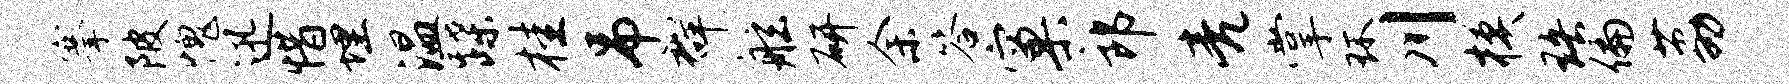
搴陂愧迅惜埋温蹀桂吊群舷研余答窠郎亮掌环川模珞偏荔